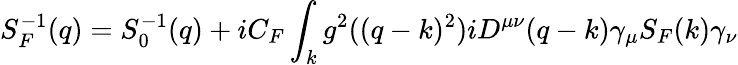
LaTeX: S_{F}^{-1}(q)=S_{0}^{-1}(q)+iC_{F}\int_{k}g^{2}((q-k)^{2})iD^{\mu\nu}(q-k)\gamma_{\mu}S_{F}(k)\gamma_{\nu}